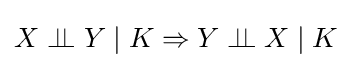
X\perp \!\!\!\perp Y\mid K\Rightarrow Y\perp \!\!\!\perp X\mid K